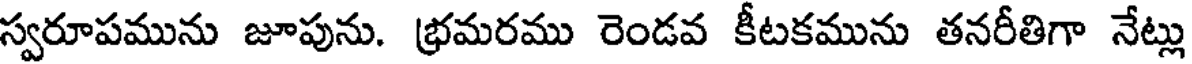
స్వరూపమును జూపును. భ్రమరము రెండవ కీటకమును తనరీతిగా నేట్లు